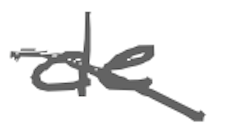
Text: de
Cross-out: diagonal
Writing tool: digital_gray